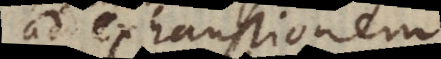
ad exhaustionem